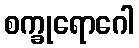
စက္ခုရောဂေါ